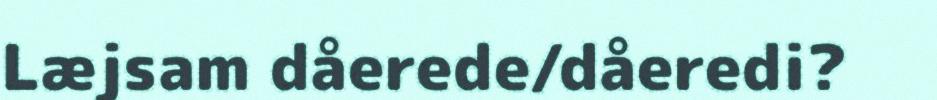
Læjsam dåerede/dåeredi?